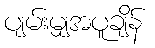
ပျမ်းမျှအပူချိန်